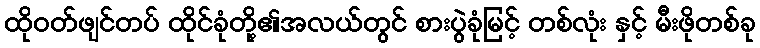
ထိုဝတ်ဖျင်တပ် ထိုင်ခုံတို့၏အလယ်တွင် စားပွဲခုံမြင့် တစ်လုံး နှင့် မီးဖိုတစ်ခု